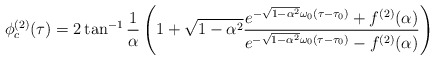
\begin{align*}\phi^{(2)}_c(\tau) =2\tan^{-1}\frac{1}{\alpha}\left(1 +\sqrt{1-\alpha^2}{\frac {e^{-\sqrt{1-\alpha^2}\omega_0(\tau-\tau_0)}+f^{(2)}(\alpha)}{e^{-\sqrt{1-\alpha^2}\omega_0(\tau-\tau_0)}-f^{(2)}(\alpha)}}\right)\end{align*}